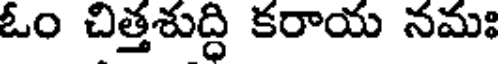
ఓం చిత్తశుద్ధి కరాయ నమః